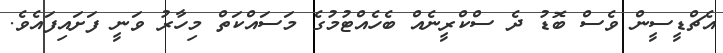
އެޗްޑީސީން ވެސް ބޮޑު ދެ ސްކްރީނެއް ބެހެއްޓުމުގެ މަސައްކަތް މިހާރު ވަނީ ފަށައިފައެވެ.